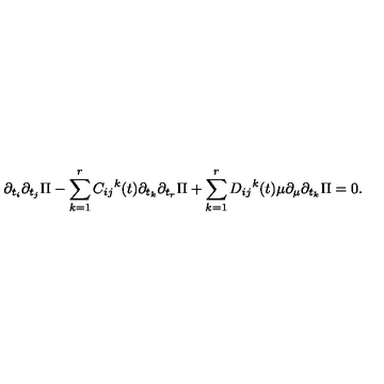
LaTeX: \partial _ { t _ { i } } \partial _ { t _ { j } } \Pi - \sum _ { k = 1 } ^ { r } { C _ { i j } } ^ { k } ( t ) \partial _ { t _ { k } } \partial _ { t _ { r } } \Pi + \sum _ { k = 1 } ^ { r } { D _ { i j } } ^ { k } ( t ) \mu \partial _ { \mu } \partial _ { t _ { k } } \Pi = 0 .